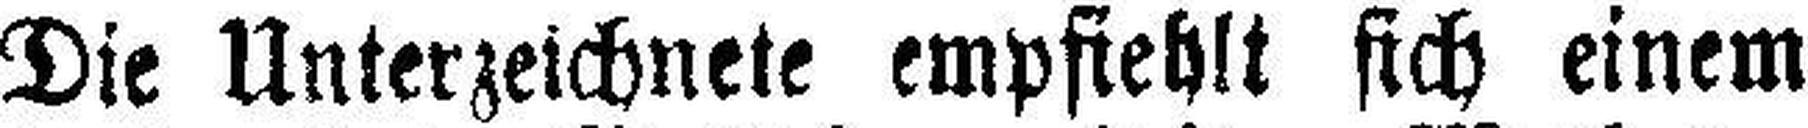
Die Unterzeichnete empfiehlt sich einem